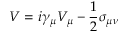
V = i \gamma _ { \mu } V _ { \mu } - \frac { 1 } { 2 } \sigma _ { \mu \nu }